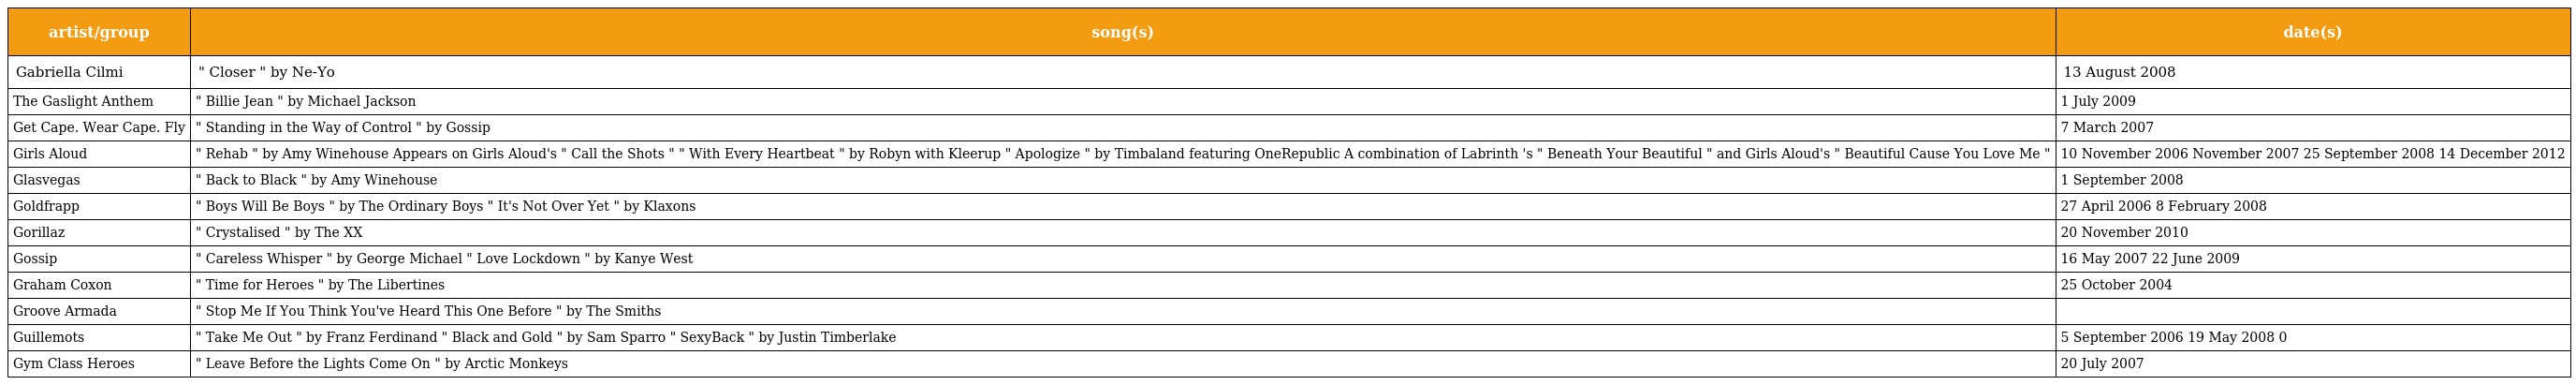
| artist/group | song(s) | date(s) |
 | --- | --- | --- |
 | Gabriella Cilmi | " Closer " by Ne-Yo | 13 August 2008 |
 | The Gaslight Anthem | " Billie Jean " by Michael Jackson | 1 July 2009 |
 | Get Cape. Wear Cape. Fly | " Standing in the Way of Control " by Gossip | 7 March 2007 |
 | Girls Aloud | " Rehab " by Amy Winehouse Appears on Girls Aloud's " Call the Shots " " With Every Heartbeat " by Robyn with Kleerup " Apologize " by Timbaland featuring OneRepublic A combination of Labrinth 's " Beneath Your Beautiful " and Girls Aloud's " Beautiful Cause You Love Me " | 10 November 2006 November 2007 25 September 2008 14 December 2012 |
 | Glasvegas | " Back to Black " by Amy Winehouse | 1 September 2008 |
 | Goldfrapp | " Boys Will Be Boys " by The Ordinary Boys " It's Not Over Yet " by Klaxons | 27 April 2006 8 February 2008 |
 | Gorillaz | " Crystalised " by The XX | 20 November 2010 |
 | Gossip | " Careless Whisper " by George Michael " Love Lockdown " by Kanye West | 16 May 2007 22 June 2009 |
 | Graham Coxon | " Time for Heroes " by The Libertines | 25 October 2004 |
 | Groove Armada | " Stop Me If You Think You've Heard This One Before " by The Smiths |  |
 | Guillemots | " Take Me Out " by Franz Ferdinand " Black and Gold " by Sam Sparro " SexyBack " by Justin Timberlake | 5 September 2006 19 May 2008 0 |
 | Gym Class Heroes | " Leave Before the Lights Come On " by Arctic Monkeys | 20 July 2007 |